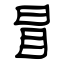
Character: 冒